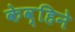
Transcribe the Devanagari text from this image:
केव्हिने